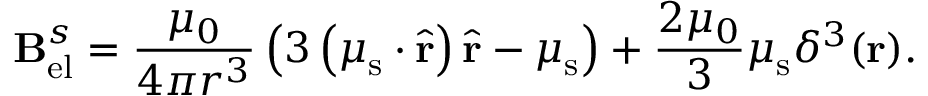
\mathbf { B } _ { \mathrm { e l } } ^ { s } = { \frac { \mu _ { 0 } } { 4 \pi r ^ { 3 } } } \left( 3 \left( { \boldsymbol { \mu } } _ { \mathrm { s } } \cdot { \hat { \mathbf { r } } } \right) { \hat { \mathbf { r } } } - { \boldsymbol { \mu } } _ { \mathrm { s } } \right) + { \frac { 2 \mu _ { 0 } } { 3 } } { \boldsymbol { \mu } } _ { \mathrm { s } } \delta ^ { 3 } ( \mathbf { r } ) .